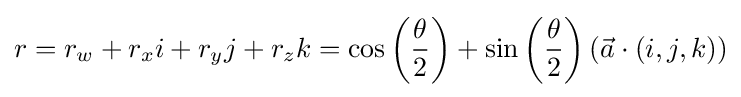
r=r_{w}+r_{x}i+r_{y}j+r_{z}k=\cos \left({\frac {\theta }{2}}\right)+\sin \left({\frac {\theta }{2}}\right)\left({\vec {a}}\cdot (i,j,k)\right)